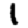
Digit: 1